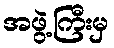
အဖွဲ့ကြီးမှ